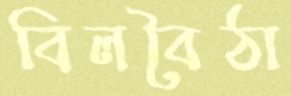
বিলবৈঠা